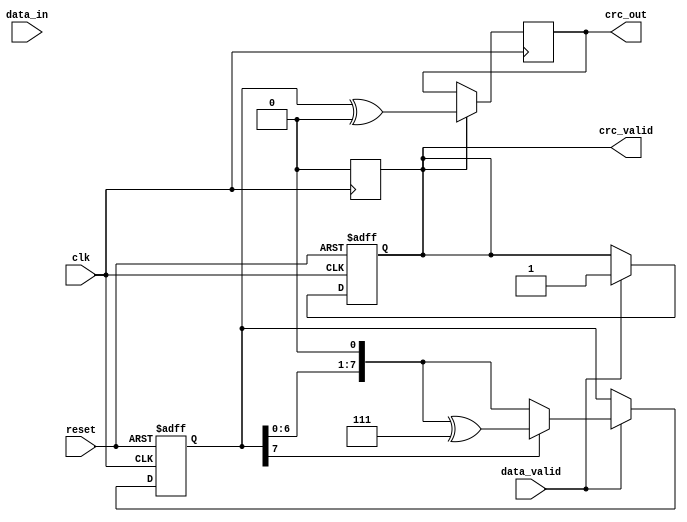
module parameterized_crc #(
    parameter CRC_WIDTH = 8,
    parameter POLYNOMIAL = 8'h07, // Example polynomial (x^8 + x^2 + x + 1)
    parameter INITIAL_VALUE = 8'h00,
    parameter FINAL_XOR_VALUE = 8'h00,
    parameter DATA_WIDTH = 8
)(
    input wire [DATA_WIDTH-1:0] data_in,
    input wire data_valid,
    input wire reset,
    input wire clk,
    output reg [CRC_WIDTH-1:0] crc_out,
    output reg crc_valid
);

    reg [CRC_WIDTH-1:0] crc_reg;
    reg [DATA_WIDTH-1:0] shift_reg;
    integer i;

    always @(posedge clk or posedge reset) begin
        if (reset) begin
            crc_reg <= INITIAL_VALUE;
            crc_valid <= 1'b0;
        end else if (data_valid) begin
            // Process input data bit by bit
            shift_reg <= data_in;
            crc_reg <= crc_reg ^ shift_reg; // Initial XOR with new data

            // Process each bit of the data input
            for (i = 0; i < DATA_WIDTH; i = i + 1) begin
                if (crc_reg[CRC_WIDTH-1] == 1'b1) begin
                    crc_reg <= (crc_reg << 1) ^ POLYNOMIAL; // Shift and XOR
                end else begin
                    crc_reg <= (crc_reg << 1); // Just shift
                end
            end
            crc_valid <= 1'b1; // Indicate CRC is valid
        end
    end

    always @(posedge clk) begin
        if ( crc_valid ) begin
            // Apply final XOR value to the CRC result
            crc_out <= crc_reg ^ FINAL_XOR_VALUE;
            crc_valid <= 1'b0; // Reset valid signal until next calculation
        end
    end

endmodule